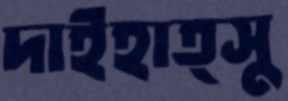
দাইহাত্সু